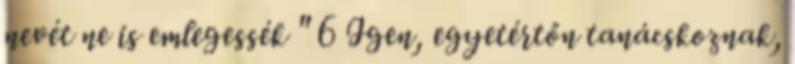
nevét ne is emlegessék " 6 Igen, egyetértőn tanácskoznak,